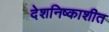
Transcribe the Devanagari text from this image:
देशनिष्काशीत